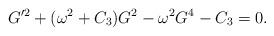
LaTeX: \begin{align*}G'^2 + ( \omega^2 + C_3 )G^2 - \omega^2G^4 - C_3 = 0.\end{align*}